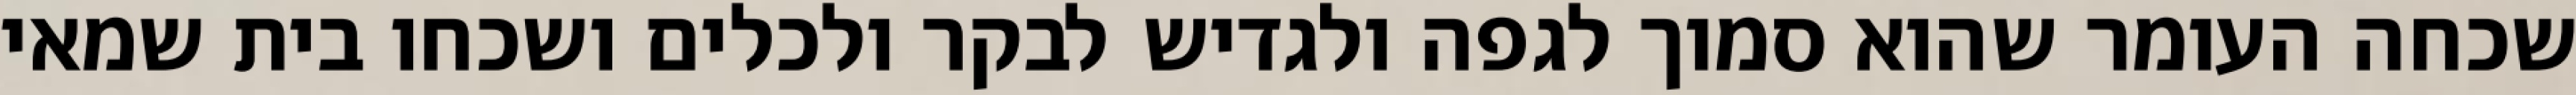
שכחה העומר שהוא סמוך לגפה ולגדיש לבקר ולכלים ושכחו בית שמאי